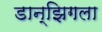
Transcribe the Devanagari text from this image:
डान्झिगला